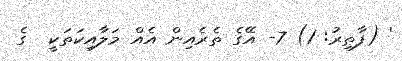
' (ފާޠިރު: 1) 7- އޭގެ ތެރެއިން އެއް މަލާއިކަތަކީ  ގެ